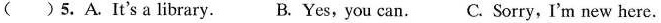
( )5.A.It's a library. B. Yes, you can.C. Sorry, I'm new here.